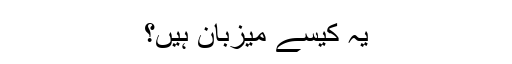
یہ کیسے میزبان ہیں؟